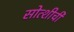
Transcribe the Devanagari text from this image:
सोत्शीची